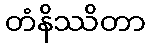
တံနိဿိတာ